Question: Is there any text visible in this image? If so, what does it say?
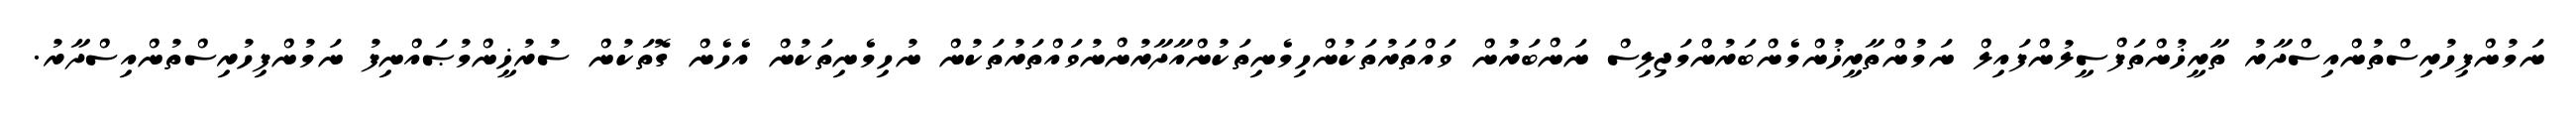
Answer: ނަމުންފިހުރިސްތުންއިސްދާރު ތާރީޚުންތަފްސީލުންފައިލް ނަމުންތާރީޚުންމެންބަރުންމަޖިލިސް ނަންބަރުން ވައްތަރުތަކުންހިމެނިތަކުންއާދާރުންނުވައްތަރުތަކުން ނުހިމެނިތަކުން އެހެން ގޮތަކުން ސުރުޚީންމުޞައްނިފު ނަމުންފިހުރިސްތުންއިސްދާރު.